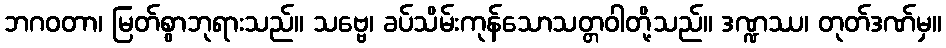
ဘဂဝတာ၊ မြတ်စွာဘုရားသည်။ သဗ္ဗေ၊ ခပ်သိမ်းကုန်သောသတ္တဝါတို့သည်။ ဒဏ္ဍဿ၊ တုတ်ဒဏ်မှ။